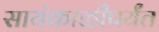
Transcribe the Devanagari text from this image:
सायंकाळीपर्यंत